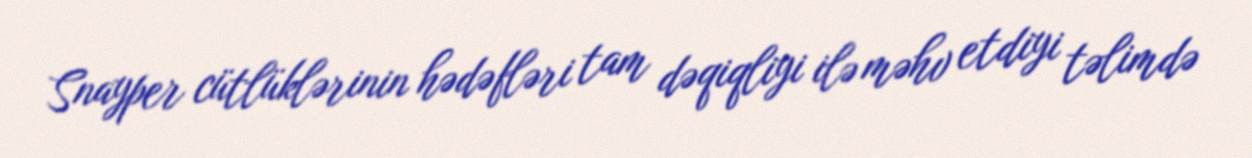
Snayper cütlüklərinin hədəfləri tam dəqiqliyi ilə məhv etdiyi təlimdə